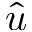
\hat { u }